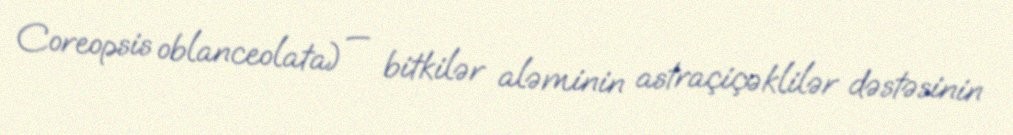
Coreopsis oblanceolata) — bitkilər aləminin astraçiçəklilər dəstəsinin